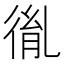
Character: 㣧